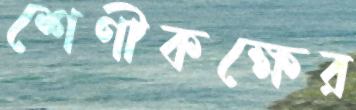
শেণীকক্ষের